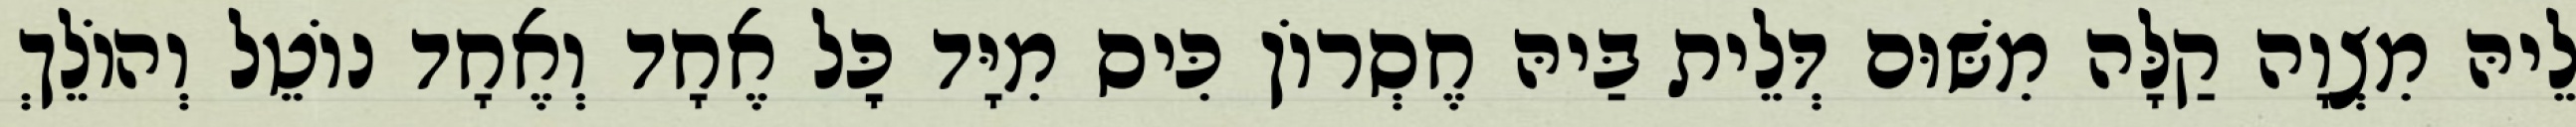
לֵיהּ מִצְוָה קַלָּה מִשּׁוּם דְּלֵית בַּיהּ חֶסְרוֹן כִּיס מִיָּד כׇּל אֶחָד וְאֶחָד נוֹטֵל וְהוֹלֵךְ